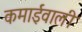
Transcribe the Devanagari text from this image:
कमाईवाली